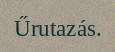
Űrutazás.